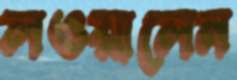
লওয়ালেন